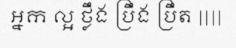
អ្នក ល្អ ថ្លឹង ប្រឹង ប្រឹត ||||